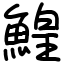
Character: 鰉